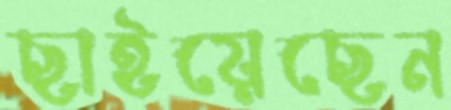
ছাইয়েছেন